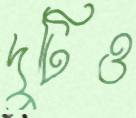
দুটিও